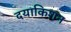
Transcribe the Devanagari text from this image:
दयाकिशन